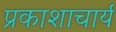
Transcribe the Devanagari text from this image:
प्रकाशाचार्य